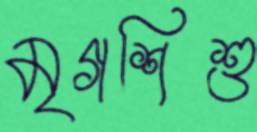
মৃগশিশু